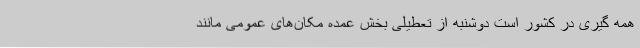
همه گیری در کشور است دوشنبه از تعطیلی بخش عمده مکان‌های عمومی مانند